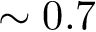
\sim 0 . 7